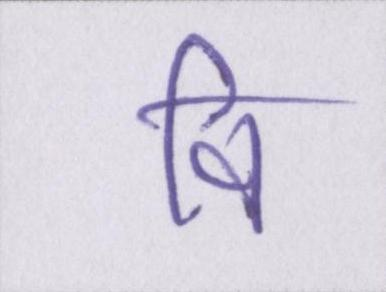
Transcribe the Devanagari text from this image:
वि